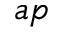
a p